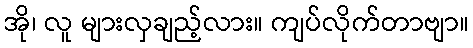
အို၊ လူ များလှချည့်လား။ ကျပ်လိုက်တာဗျာ။